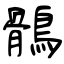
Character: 鶻